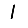
Digit: 1